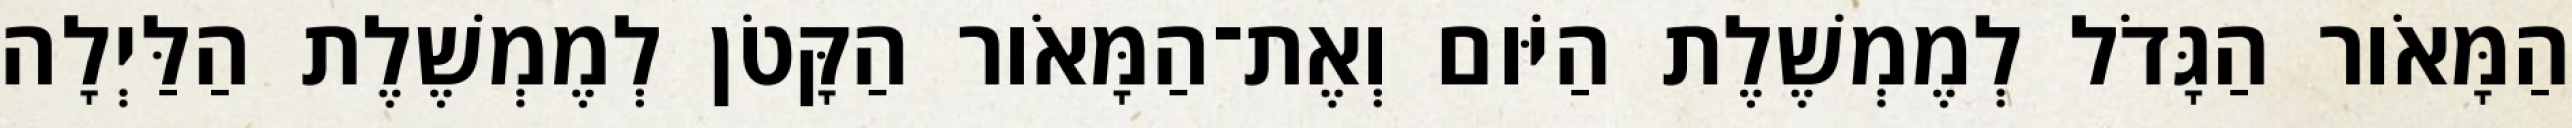
הַמָּאֹור הַגָּדֹל לְמֶמְשֶׁלֶת הַיֹּום וְאֶת־הַמָּאֹור הַקָּטֹן לְמֶמְשֶׁלֶת הַלַּיְלָה